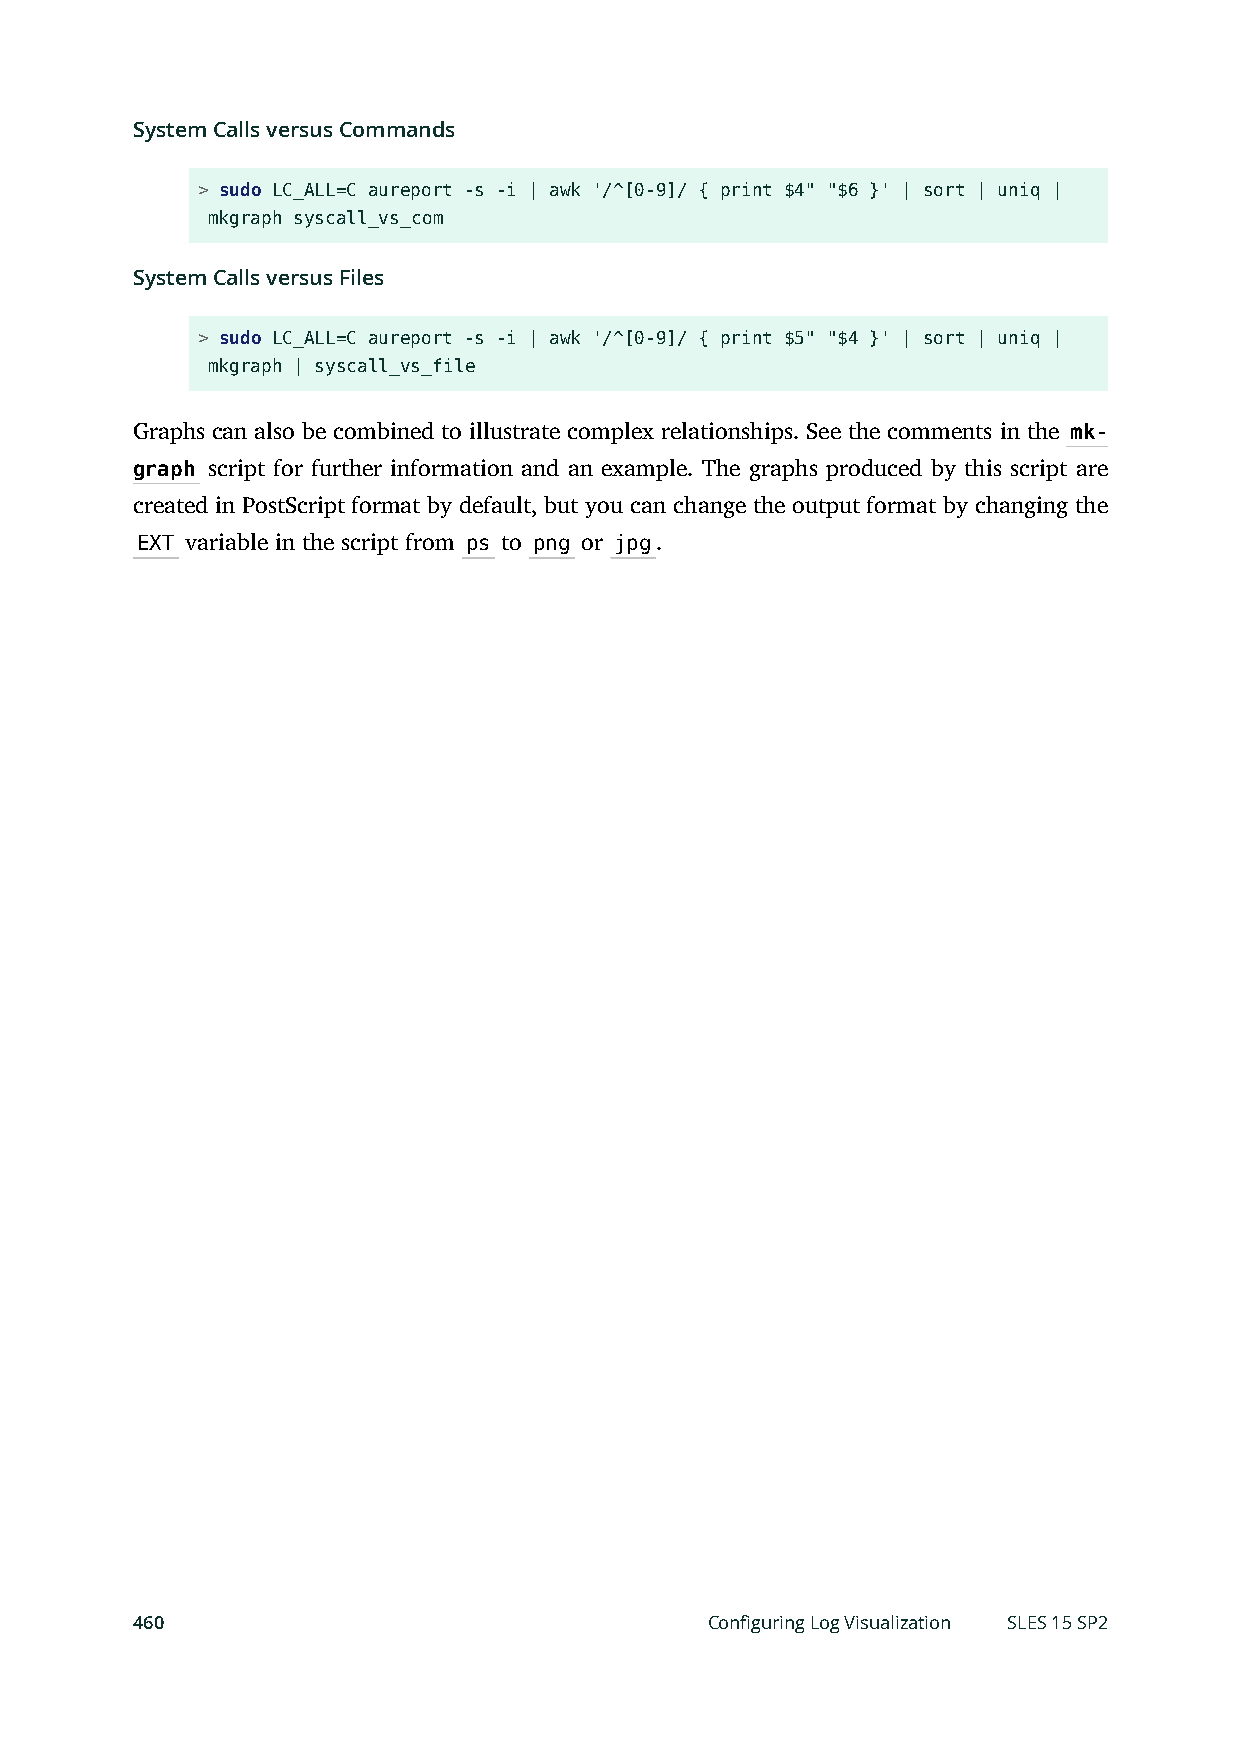
System Calls versus Commands
 > sudo LC_ALL=C aureport -s -i | awk '/^[0-9]/ { print $4" "$6 }' | sort | uniq |
 mkgraph syscall_vs_com
 System Calls versus Files
 > sudo LC_ALL=C aureport -s -i | awk '/^[0-9]/ { print $5" "$4 }' | sort | uniq |
 mkgraph | syscall_vs_file
 Graphs can also be combined to illustrate complex relationships. See the comments in the mk-
 graph script for further information and an example. The graphs produced by this script are
 created in PostScript format by default, but you can change the output format by changing the
 EXT variable in the script from ps to png or jpg.
 460                                   Configuring Log Visualization SLES 15 SP2